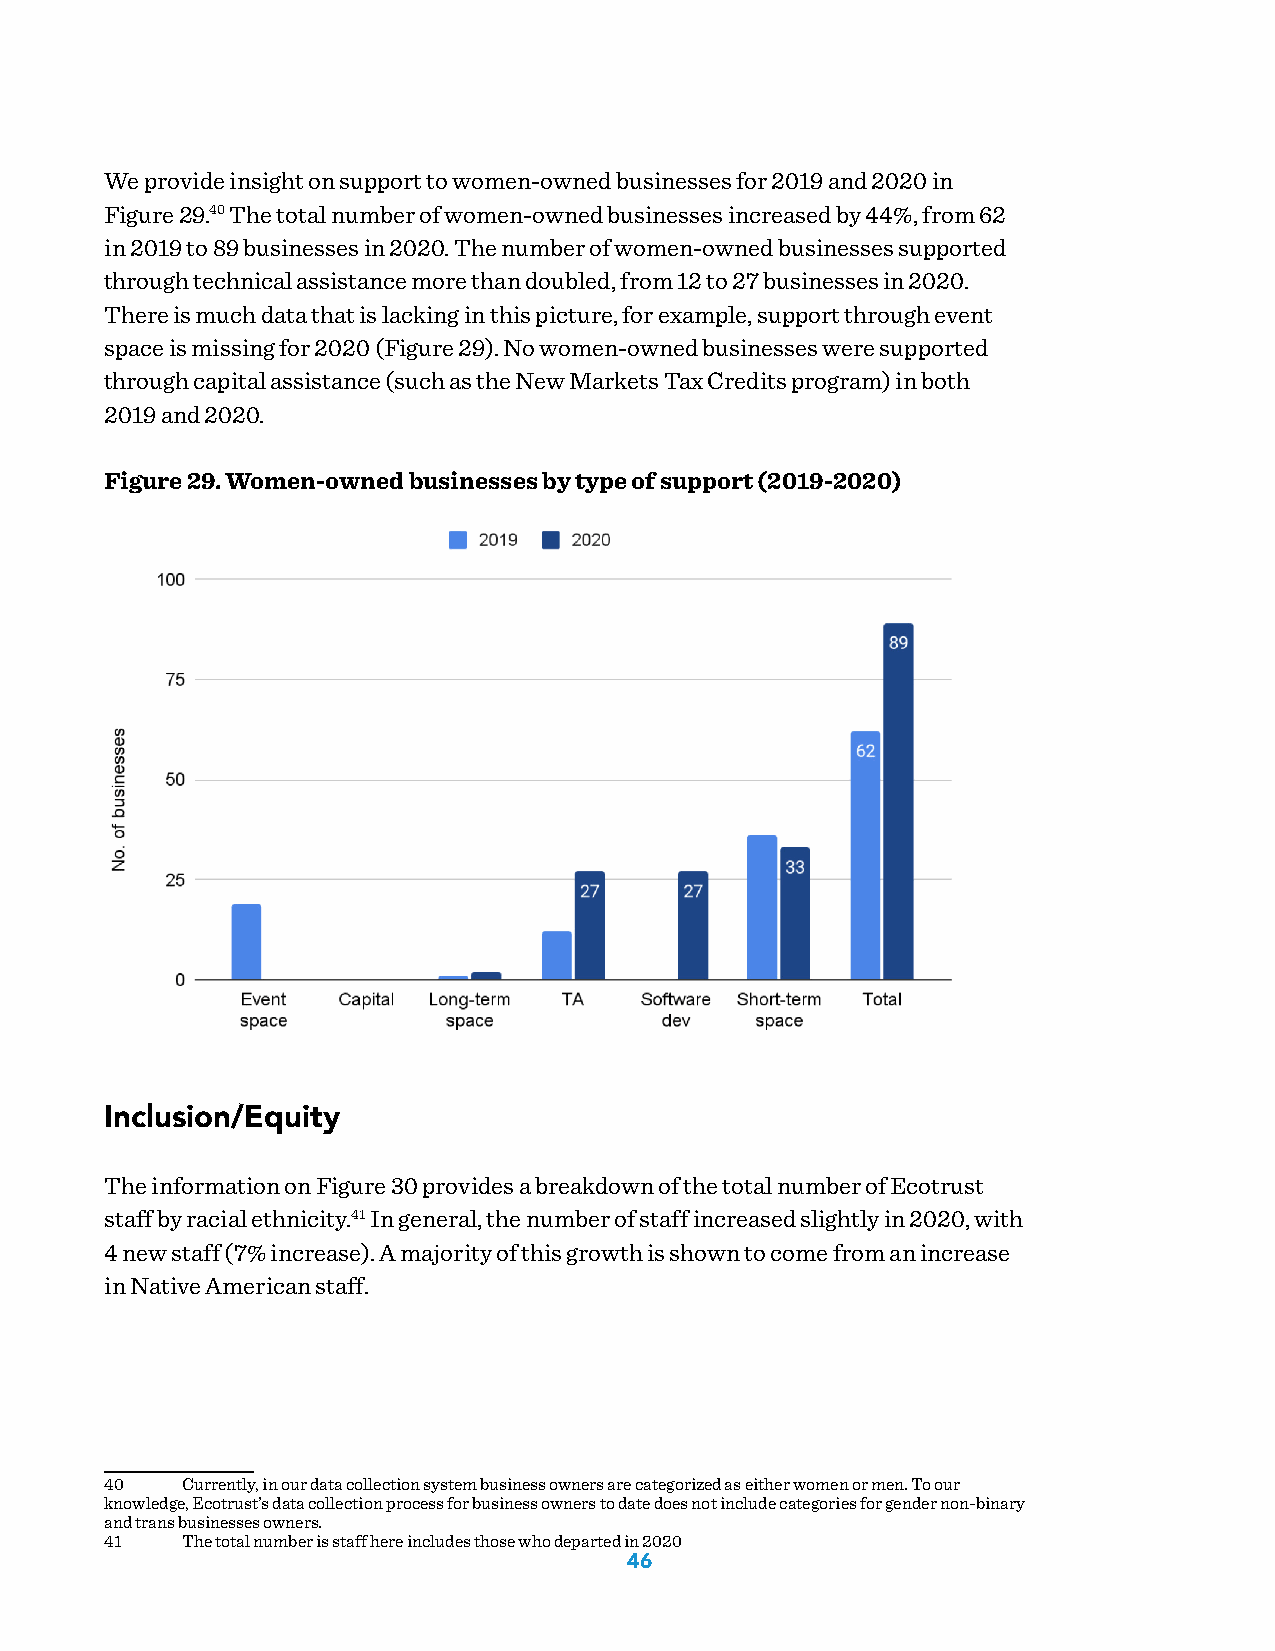
We provide insight on support to women-owned businesses for 2019 and 2020 in
 Figure 29.40 The total number of women-owned businesses increased by 44%, from 62
 in 2019 to 89 businesses in 2020. The number of women-owned businesses supported
 through technical assistance more than doubled, from 12 to 27 businesses in 2020.
 There is much data that is lacking in this picture, for example, support through event
 space is missing for 2020 (Figure 29). No women-owned businesses were supported
 through capital assistance (such as the New Markets Tax Credits program) in both
 2019 and 2020.
 Figure 29. Women-owned businesses by type of support (2019-2020)
 Inclusion/Equity
 The information on Figure 30 provides a breakdown of the total number of Ecotrust
 staff by racial ethnicity.41 In general, the number of staff increased slightly in 2020, with
 4 new staff (7% increase). A majority of this growth is shown to come from an increase
 in Native American staff.
 40   Currently, in our data collection system business owners are categorized as either women or men. To our
 knowledge, Ecotrust’s data collection process for business owners to date does not include categories for gender non-binary
 and trans businesses owners.
 41   The total number is staff here includes those who departed in 2020
 46